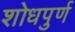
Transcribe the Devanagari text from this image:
शोधपुर्ण